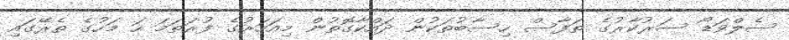
ސެލްވަޑޯ ސަރުކާރުގެ ތަފާސް ހިސާބުތަކުން ދައްކާގޮތުން މިއަހަރުގެ ފުރަތަމަ ހަ މަހުގެ ތެރޭގައި